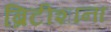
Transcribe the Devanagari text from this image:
ब्रिटीशाना